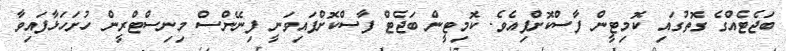
ބަޖެޓެއްގެ ގޮތުގައި ކޮމިޓީން ފާސްކޮށްފިއެވެ. ކޮމިޓީން ބަޖެޓް ފާސްކޮށްފައިވަނީ ފިނޭންސް މިނިސްޓްރީން ހުށަހަޅާފައިވާ